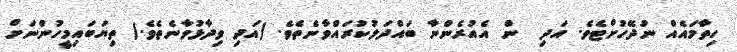
ހިތާމައެއް ނުދޭހުށްޓެވެ. އަދި  ން އެއުރެންނާ ބައްދަލުކުރައްވާނެތެވެ. (އަދި ވިދާޅުވާނެތެވެ.) ތިޔަބައިމީހުންނަށް